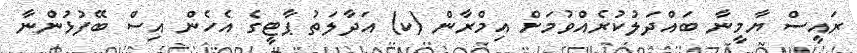
ރައީސް ޔާމީނާ ބައްދަލުކުރެއްވުމަށް އިމްރާން (ކ) އަދާލަތު ޕާޓީގެ އެހެން އިސް ބޭފުޅުންނާ